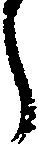
う